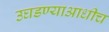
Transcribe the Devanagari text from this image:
उघडण्याआधीच